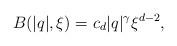
LaTeX: \begin{align*} B(|q|,\xi) = c_d |q|^\gamma \xi^{d-2},\end{align*}